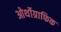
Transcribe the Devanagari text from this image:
ओर्थोग्राफिक